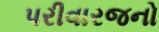
પરીવારજનો